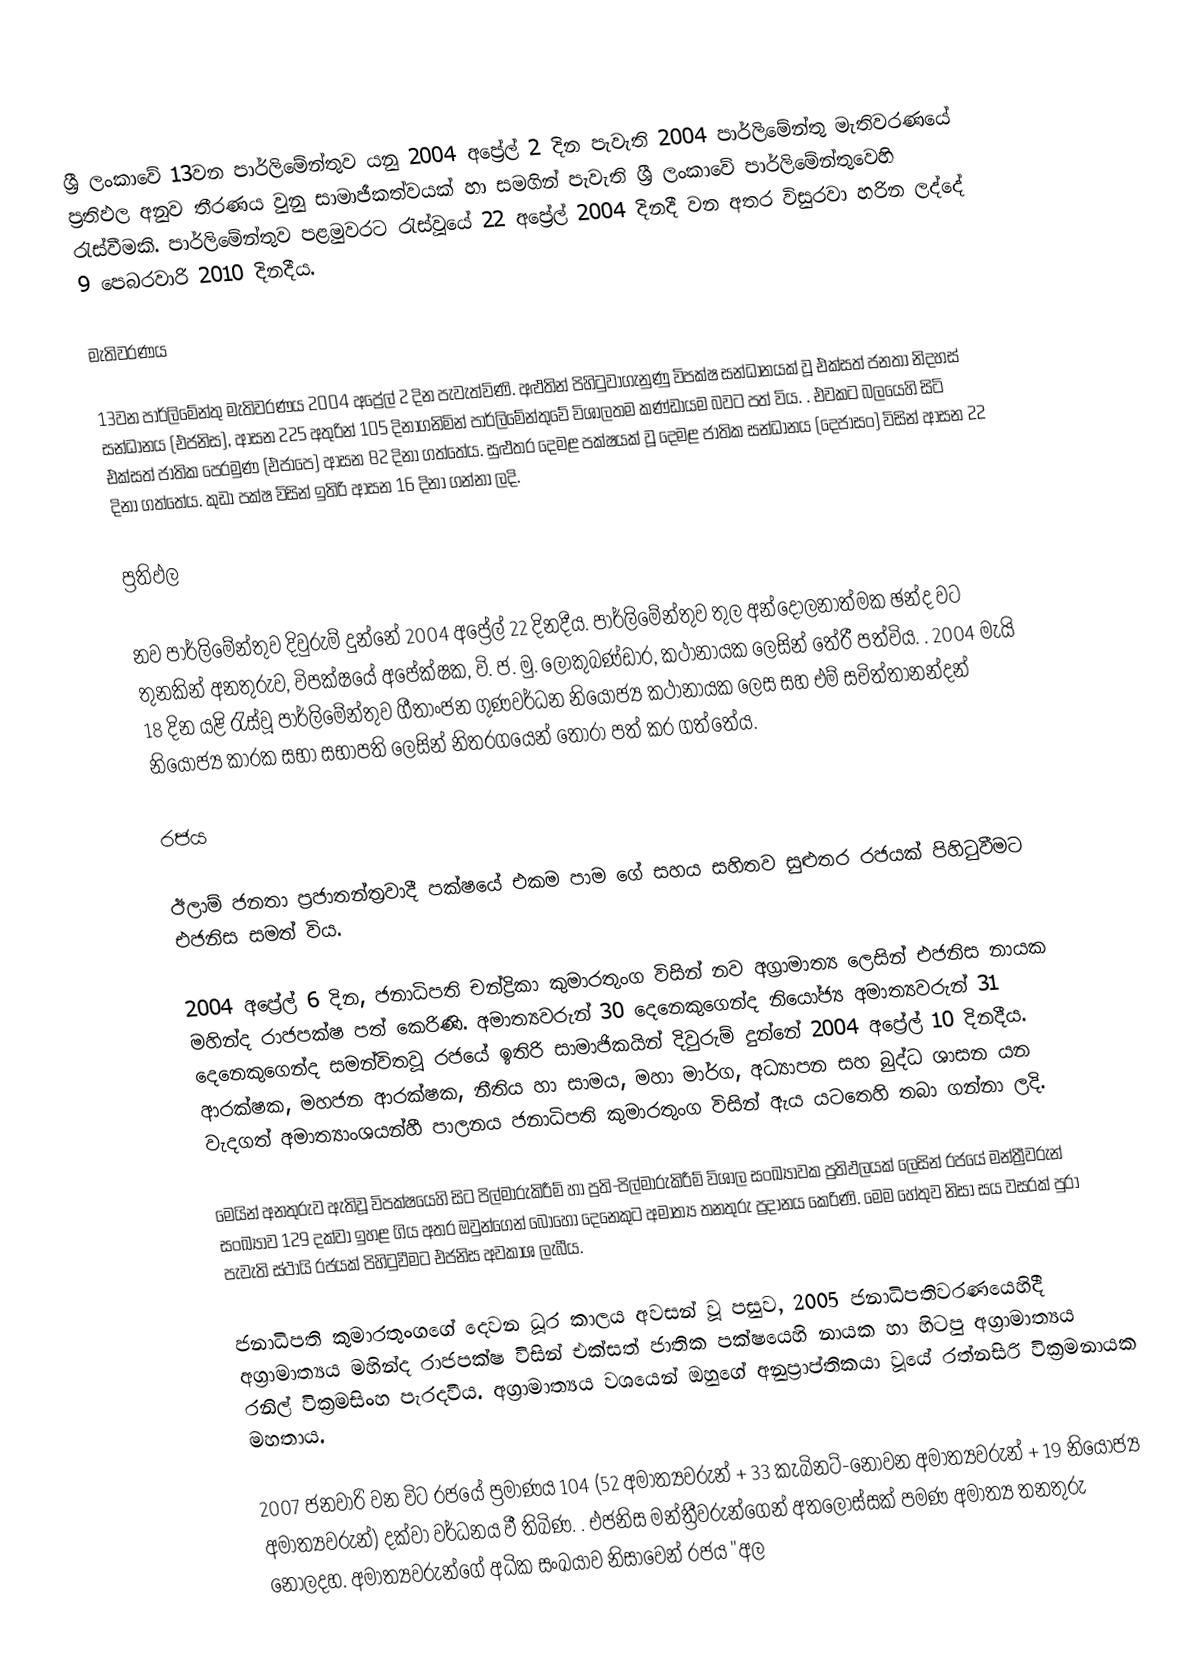
ශ්‍රී ලංකාවේ 13වන පාර්ලිමේන්තුව යනු 2004 අප්‍රේල් 2 දින පැවැති 2004 පාර්ලිමේන්තු මැතිවරණයේ ප්‍රතිඵල අනුව තීරණය වුනු සාමාජීකත්වයක් හා සමගින් පැවැති ශ්‍රී ලංකාවේ පාර්ලිමේන්තුවෙහි රැස්වීමකි. පාර්ලිමේන්තුව පළමුවරට රැස්වූයේ  22 අප්‍රේල් 2004 දිනදී වන අතර විසුරවා හරින ලද්දේ 9 පෙබරවාරි  2010 දිනදීය.

මැතිවරණය

13වන පාර්ලිමේන්තු මැතිවරණය 2004 අප්‍රේල් 2 දින පැවැත්විණි. අළුතින් පිහිටුවාගැනුණු විපක්ෂ සන්ධානයක් වූ  එක්සත් ජනතා නිදහස් සන්ධානය (එජනිස), ආසන 225 අතුරින් 105 දිනාගනිමින් පාර්ලිමේන්තුවේ විශාලතම කණ්ඩායම බවට පත් විය. . එවකට බලයෙහි සිටි  එක්සත් ජාතික පෙරමුණ (එජාපෙ) ආසන 82 දිනා ගත්තේය. සුළුතර  දෙමළ පක්ෂයක් වූ  දෙමළ ජාතික සන්ධානය (දෙජාසං) විසින් ආසන 22 දිනා ගත්තේය. කුඩා පක්ෂ විසින් ඉතිරි ආසන  16 දිනා ගන්නා ලදි.

ප්‍රතිඵල

නව පාර්ලිමේන්තුව දිවුරුම් දුන්නේ 2004 අප්‍රේල් 22 දිනදීය. පාර්ලිමේන්තුව තුල අන්දෝලනාත්මක ඡන්ද වට තුනකින් අනතුරුව,  විපක්ෂයේ අපේක්ෂක, වි. ජ. මු. ලොකුබණ්ඩාර, කථානායක ලෙසින් තේරී පත්විය. . 2004 මැයි 18 දින යළි රැස්වූ පාර්ලිමේන්තුව  ගීතාංජන ගුණවර්ධන නියෝජ්‍ය කථානායක ලෙස සහ එම් සචිත්තානන්දන් නියෝජ්‍ය කාරක සභා සභාපති ලෙසින් නිතරගයෙන් තෝරා පත් කර ගත්තේය.

රජය

ඊලාම් ජනතා ප්‍රජාතන්ත්‍රවාදී පක්ෂයේ එකම පාම ගේ සහය සහිතව සුළුතර රජයක් පිහිටුවීමට එජනිස සමත් විය.

2004 අප්‍රේල් 6 දින, ජනාධිපති චන්ද්‍රිකා කුමාරතුංග විසින් නව  අග්‍රාමාත්‍ය ලෙසින් එජනිස නායක මහින්ද  රාජපක්ෂ පත් කෙරිණි. අමාත්‍යවරුන් 30 දෙනෙකුගෙන්ද නියෝජ්‍ය අමාත්‍යවරුන් 31 දෙනෙකුගෙන්ද සමන්විතවූ  රජයේ ඉතිරි සාමාජිකයින් දිවුරුම් දුන්නේ 2004 අප්‍රේල් 10 දිනදීය. ආරක්ෂක, මහජන ආරක්ෂක, නීතිය හා සාමය, මහා මාර්ග, අධ්‍යාපන සහ බුද්ධ ශාසන යන වැදගත් අමාත්‍යාංශයන්හී පාලනය  ජනාධිපති කුමාරතුංග විසින් ඇය යටතෙහි තබා ගන්නා ලදි.

මෙයින් අනතුරුව ඇතිවූ විපක්ෂයෙහි සිට පිල්මාරුකිරීම් හා ප්‍රති-පිල්මාරුකිරීම්  විශාල සංඛ්‍යාවක ප්‍රතිඵලයක් ලෙසින් රජයේ මන්ත්‍රීවරුන් සංඛ්‍යාව 129 දක්වා ඉහළ ගිය අතර ඔවුන්ගෙන් බොහෝ දෙනෙකුට අමාත්‍ය තනතුරු ප්‍රදානය කෙරිණි. මෙම හේතුව නිසා සය වසරක් පුරා පැවැති ස්ථායි රජයක් පිහිටුවීමට එජනිස අවකාශ ලැබීය.

ජනාධිපති කුමාරතුංගගේ දෙවන ධූර කාලය අවසන් වූ පසුව, 2005 ජනාධිපතිවරණයෙහිදී අග්‍රාමාත්‍යය මහින්ද රාජපක්ෂ විසින් එක්සත් ජාතික පක්ෂයෙහි නායක හා හිටපු අග්‍රාමාත්‍යය රනිල් වික්‍රමසිංහ පැරදවීය. අග්‍රාමාත්‍යය වශයෙන් ඔහුගේ අනුප්‍රාප්තිකයා වූයේ  රත්නසිරි වික්‍රමනායක මහතාය.

2007 ජනවාරි වන විට රජයේ ප්‍රමාණය  104 (52 අමාත්‍යවරුන් + 33 කැබිනට්-නොවන අමාත්‍යවරුන් + 19 නියෝජ්‍ය අමාත්‍යවරුන්) දක්වා වර්ධනය වී තිබිණ. .  එජනිස මන්ත්‍රීවරුන්ගෙන් අතලොස්සක් පමණ අමාත්‍ය තනතුරු නොලදහ. අමාත්‍යවරුන්ගේ අධික සංඛයාව නිසාවෙන් රජය "අල